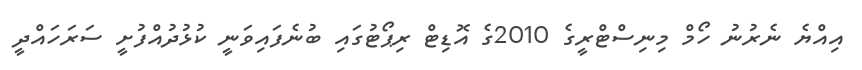
އިއްޔެ ނެރުނު ހޯމް މިނިސްޓްރީގެ 2010ގެ އޮޑިޓް ރިޕޯޓުގައި ބުނެފައިވަނީ ކުޅުދުއްފުށީ ސަރަހައްދީ